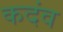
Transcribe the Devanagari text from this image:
कदंव